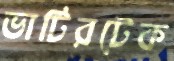
ভাটিরটেক